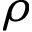
\rho